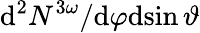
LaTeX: \mathrm{d}^{2}N^{3\omega}/\mathrm{d}\varphi\mathrm{d}\! \sin{\vartheta}